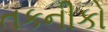
તકનીકો